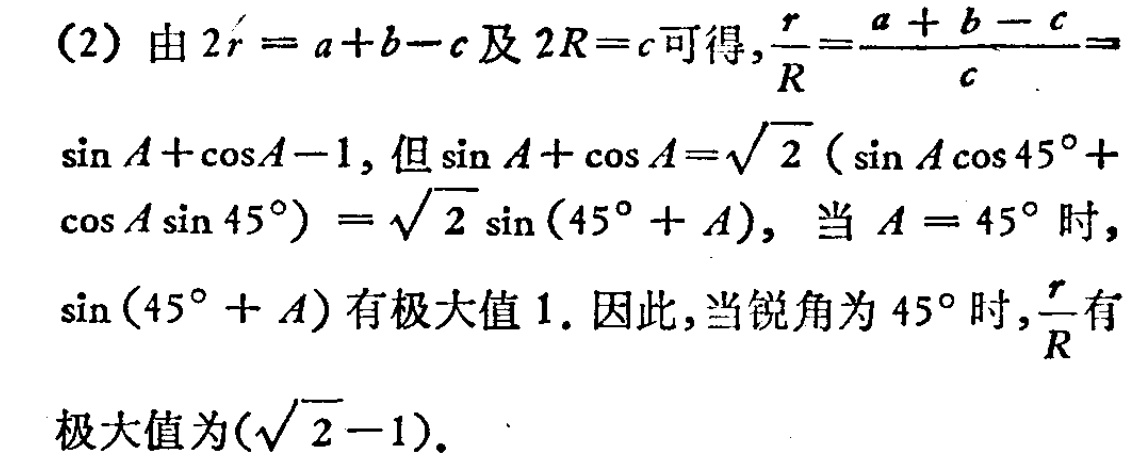
(2) 由 \(2r = a + b - c\) 及 \(2R = c\) 可得，\(\frac{r}{R}=\frac{a + b - c}{c}=\)
\(\sin A+\cos A - 1\)，但 \(\sin A+\cos A=\sqrt{2}(\sin A\cos45^{\circ}+
\cos A\sin45^{\circ})=\sqrt{2}\sin(45^{\circ}+A)\)，当 \(A = 45^{\circ}\) 时，
\(\sin(45^{\circ}+A)\) 有极大值 \(1\). 因此，当锐角为 \(45^{\circ}\) 时，\(\frac{r}{R}\) 有
极大值为 \((\sqrt{2}-1)\).